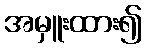
အမှူးထား၍